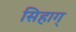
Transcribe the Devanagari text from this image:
सिहाग्